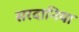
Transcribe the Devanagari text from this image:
सरदानिया